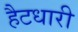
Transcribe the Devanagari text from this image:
हैटधारी